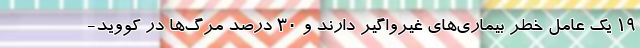
۱۹ یک عامل خطر بیماری‌های غیرواگیر دارند و ۳۰ درصد مرگ‌ها در کووید-